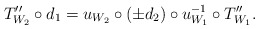
\begin{align*}T''_{W_2} \circ d_1 = u_{W_2} \circ (\pm d_2) \circ u_{W_1}^{-1} \circ T''_{W_1}.\end{align*}